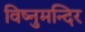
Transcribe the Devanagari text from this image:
विष्नुमन्दिर